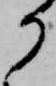
か